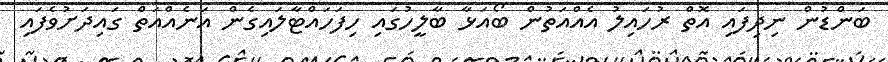
ބަންޑުން ނިދިފައި އޮތް ރުހައިލު އެއްއަތުން ބޯއަޅާ ބާލީހުގައި ހިފަހައްޓާލައިގެން އަނެއްއަތް ގައިދަށުވެފައި